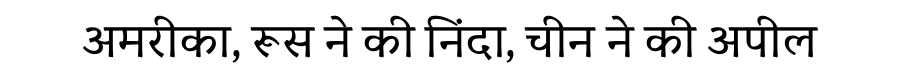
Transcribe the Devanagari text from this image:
अमरीका, रूस ने की निंदा, चीन ने की अपील